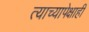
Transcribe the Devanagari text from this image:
त्याच्यापेक्षाही